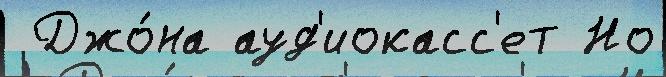
 Джо́на ауд'иокасс'ет Но